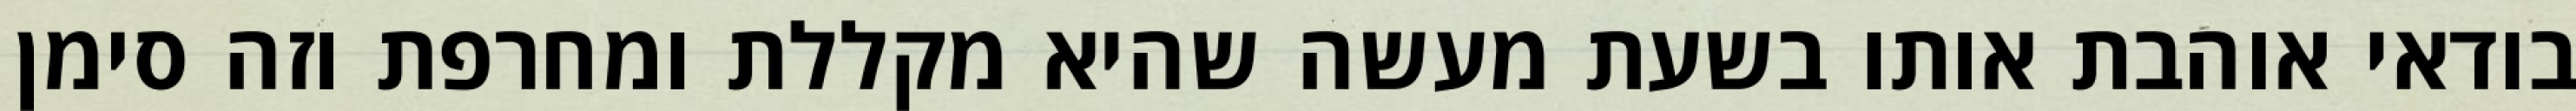
בודאי אוהבת אותו בשעת מעשה שהיא מקללת ומחרפת וזה סימן